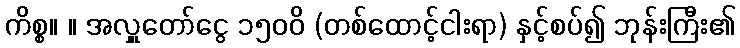
ကိစ္စ။ ။ အလှူတော်ငွေ ၁၅၀၀ိ (တစ်ထောင့်ငါးရာ) နှင့်စပ်၍ ဘုန်းကြီး၏